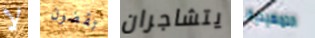
لا تقضون يتشاجران التمهيدية